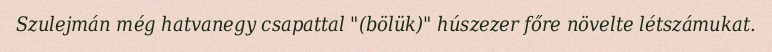
Szulejmán még hatvanegy csapattal "(bölük)" húszezer főre növelte létszámukat.